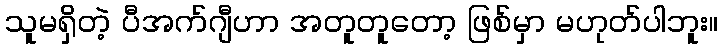
သူမရှိတဲ့ ပီအက်ဂျီဟာ အတူတူတော့ ဖြစ်မှာ မဟုတ်ပါဘူး။